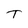
Character: T